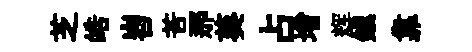
芝皓岧苦那葵占增辉鎮靠